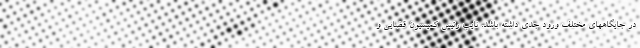
در جایگاههای مختلف ورود جدی داشته باشد. نایب رئیس کمیسیون قضایی و